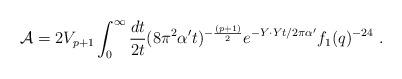
LaTeX: \begin{align*}{\cal A}=2V_{p+1} \int_0^\infty {dt\over 2t} (8\pi^2 {\alpha^\prime}t)^{-{(p+1)\over2}} e^{-Y \cdot Y t/ 2\pi{\alpha^\prime}} f_1(q)^{-24}\ .\end{align*}